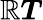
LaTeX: {\boldsymbol{\mathbb{R}}}{\boldsymbol{T}}